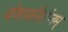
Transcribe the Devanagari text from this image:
वंशकीर्तनम्